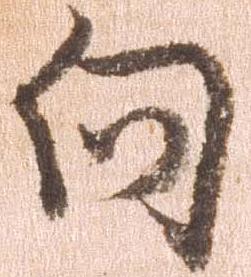
向